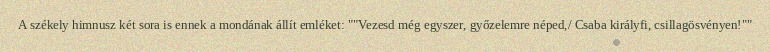
A székely himnusz két sora is ennek a mondának állít emléket: ""Vezesd még egyszer, győzelemre néped,/ Csaba királyfi, csillagösvényen!""